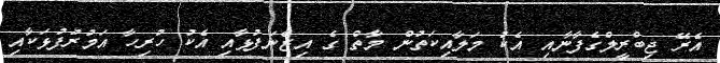
އެރޭ ޖިބްރީލްގެފާނާއި އެކު މަލާއިކަތުން މާތް ގެ އިޒްނަފުޅާއި އެކު ހުރިހާ އަމުރުފުޅަކާއި